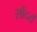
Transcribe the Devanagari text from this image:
सौंदर्यं